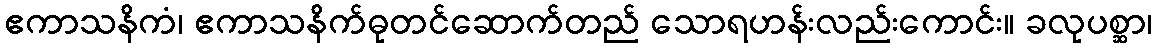
ဧကာသနိကံ၊ ဧကာသနိက်ဓုတင်ဆောက်တည် သောရဟန်းလည်းကောင်း။ ခလုပစ္ဆာ၊